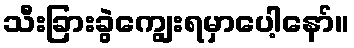
သီးခြားခွဲကျွေးရမှာပေါ့နော်။